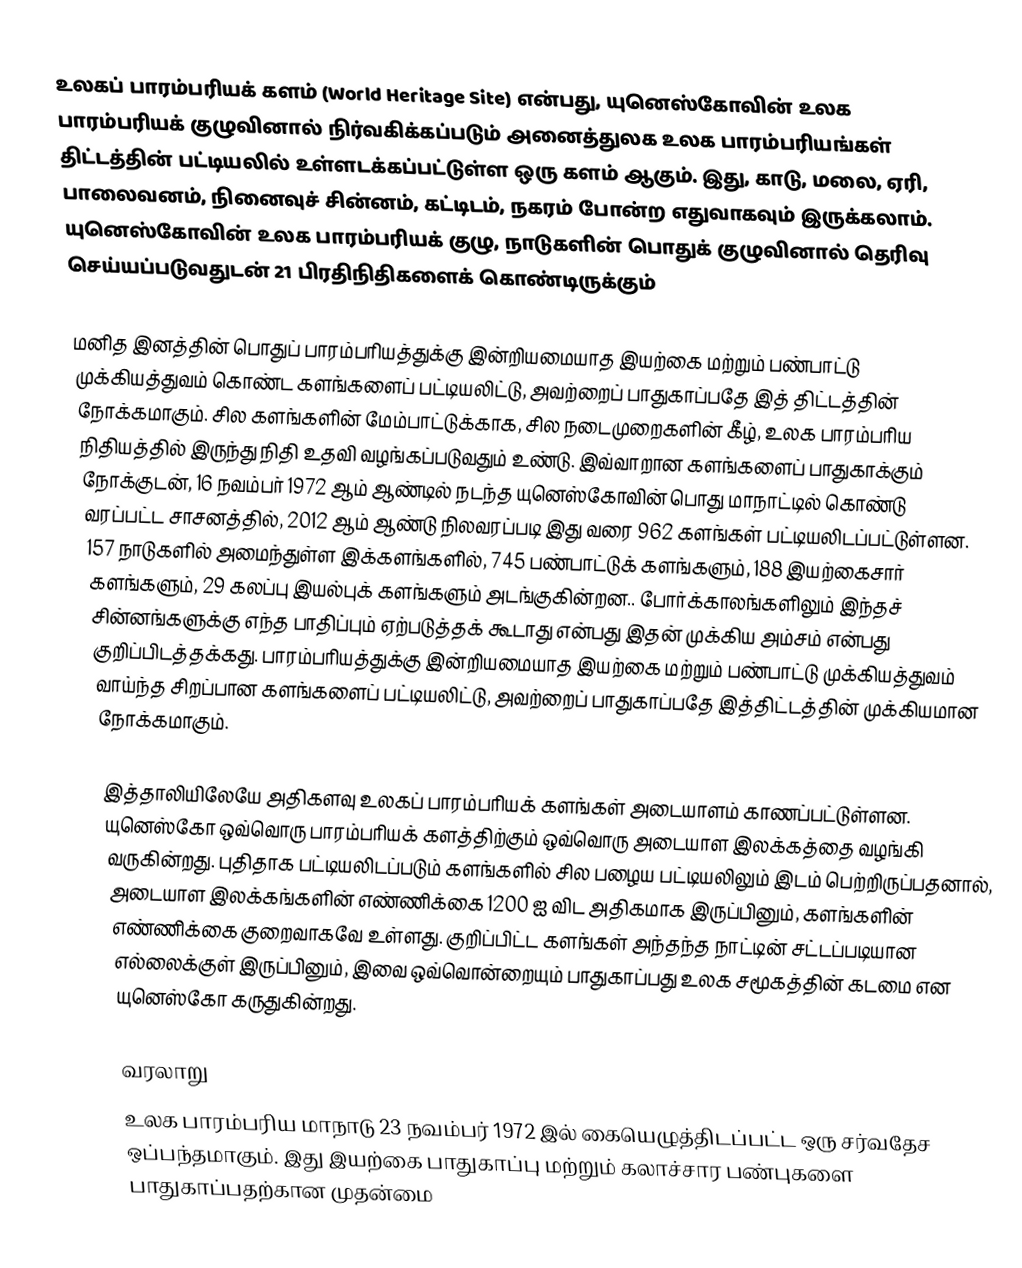
உலகப் பாரம்பரியக் களம் (World Heritage Site) என்பது, யுனெஸ்கோவின் உலக பாரம்பரியக் குழுவினால் நிர்வகிக்கப்படும் அனைத்துலக உலக பாரம்பரியங்கள் திட்டத்தின் பட்டியலில் உள்ளடக்கப்பட்டுள்ள ஒரு களம் ஆகும். இது, காடு, மலை, ஏரி, பாலைவனம், நினைவுச் சின்னம், கட்டிடம், நகரம் போன்ற எதுவாகவும் இருக்கலாம். யுனெஸ்கோவின் உலக பாரம்பரியக் குழு, நாடுகளின் பொதுக் குழுவினால் தெரிவு செய்யப்படுவதுடன் 21 பிரதிநிதிகளைக் கொண்டிருக்கும்

மனித இனத்தின் பொதுப் பாரம்பரியத்துக்கு இன்றியமையாத இயற்கை மற்றும் பண்பாட்டு முக்கியத்துவம் கொண்ட களங்களைப் பட்டியலிட்டு, அவற்றைப் பாதுகாப்பதே இத் திட்டத்தின் நோக்கமாகும். சில களங்களின் மேம்பாட்டுக்காக, சில நடைமுறைகளின் கீழ், உலக பாரம்பரிய நிதியத்தில் இருந்து நிதி உதவி வழங்கப்படுவதும் உண்டு. இவ்வாறான களங்களைப் பாதுகாக்கும் நோக்குடன், 16 நவம்பர் 1972 ஆம் ஆண்டில் நடந்த யுனெஸ்கோவின் பொது மாநாட்டில் கொண்டு வரப்பட்ட சாசனத்தில், 2012 ஆம் ஆண்டு நிலவரப்படி இது வரை 962 களங்கள் பட்டியலிடப்பட்டுள்ளன. 157 நாடுகளில் அமைந்துள்ள இக்களங்களில், 745 பண்பாட்டுக் களங்களும், 188 இயற்கைசார் களங்களும், 29 கலப்பு இயல்புக் களங்களும் அடங்குகின்றன.. போர்க்காலங்களிலும் இந்தச் சின்னங்களுக்கு எந்த பாதிப்பும் ஏற்படுத்தக் கூடாது என்பது இதன் முக்கிய அம்சம் என்பது குறிப்பிடத்தக்கது. பாரம்பரியத்துக்கு இன்றியமையாத இயற்கை மற்றும் பண்பாட்டு முக்கியத்துவம் வாய்ந்த சிறப்பான களங்களைப் பட்டியலிட்டு, அவற்றைப் பாதுகாப்பதே இத்திட்டத்தின் முக்கியமான நோக்கமாகும்.

இத்தாலியிலேயே அதிகளவு உலகப் பாரம்பரியக் களங்கள் அடையாளம் காணப்பட்டுள்ளன. யுனெஸ்கோ ஒவ்வொரு பாரம்பரியக் களத்திற்கும் ஒவ்வொரு அடையாள இலக்கத்தை வழங்கி வருகின்றது. புதிதாக பட்டியலிடப்படும் களங்களில் சில பழைய பட்டியலிலும் இடம் பெற்றிருப்பதனால், அடையாள இலக்கங்களின் எண்ணிக்கை 1200 ஐ விட அதிகமாக இருப்பினும், களங்களின் எண்ணிக்கை குறைவாகவே உள்ளது. குறிப்பிட்ட களங்கள் அந்தந்த நாட்டின் சட்டப்படியான எல்லைக்குள் இருப்பினும், இவை ஒவ்வொன்றையும் பாதுகாப்பது உலக சமூகத்தின் கடமை என யுனெஸ்கோ கருதுகின்றது.

வரலாறு
உலக பாரம்பரிய மாநாடு 23 நவம்பர் 1972 இல் கையெழுத்திடப்பட்ட ஒரு சர்வதேச ஒப்பந்தமாகும். இது இயற்கை பாதுகாப்பு மற்றும் கலாச்சார பண்புகளை பாதுகாப்பதற்கான முதன்மை